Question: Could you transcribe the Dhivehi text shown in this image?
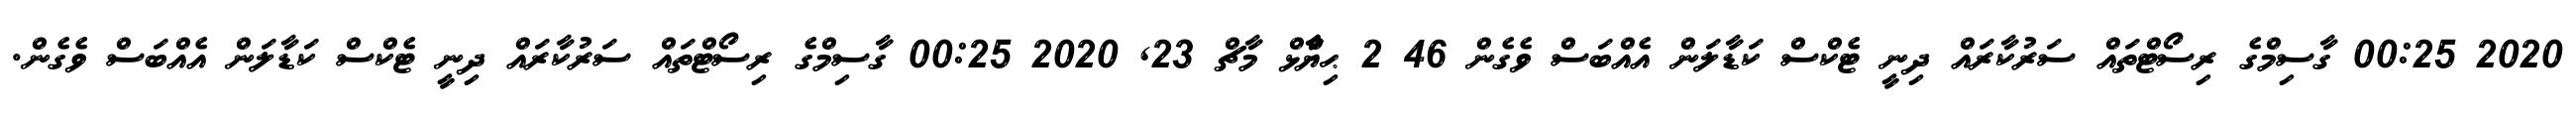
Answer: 2020 00:25 ގާސިމްގެ ރިސޯޓްތައް ސަރުކާރައް ދިނީ ޓެކްސް ކަޑާލަން އެއްބަސް ވެގެން 46 2 ޙިޔާާްްޅް މާޗް 23, 2020 00:25 ގާސިމްގެ ރިސޯޓްތައް ސަރުކާރައް ދިނީ ޓެކްސް ކަޑާލަން އެއްބަސް ވެގެން.